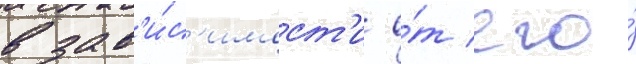
в зав'и́с'имост'и о́т его́